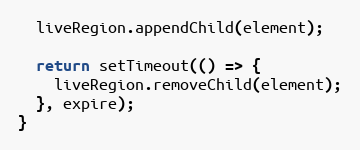
Language: JavaScript
  liveRegion.appendChild(element);

  return setTimeout(() => {
    liveRegion.removeChild(element);
  }, expire);
}